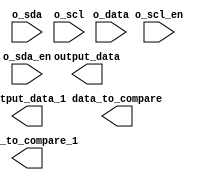
module monitor(o_data,o_sda,o_scl,o_scl_en,o_sda_en,output_data,output_data_1,data_to_compare,data_to_compare_1);
input [15:0] o_data;
input o_sda;
input o_scl;
input o_scl_en;
input o_sda_en;
reg o_scl_flag, o_sda_flag;
output reg [7:0] output_data;
output reg [7:0] output_data_1;
output reg [15:0] data_to_compare,data_to_compare_1;

task read_data;
integer i,j,data_counter;
begin 
	
	data_to_compare<=o_data;
	data_counter=15;
	if (o_scl==1&&o_sda==0) begin 
		for	(i=0;i<8;i=i+1) begin
			output_data_1[i]<=o_sda;
			data_counter=data_counter-1;	
		end	   
		for	(i=0;i<8;i=i+1) begin
			output_data[i]<=o_sda;
			data_counter=data_counter-1;	
		end
	end
	
		

	
end

endtask
	
endmodule